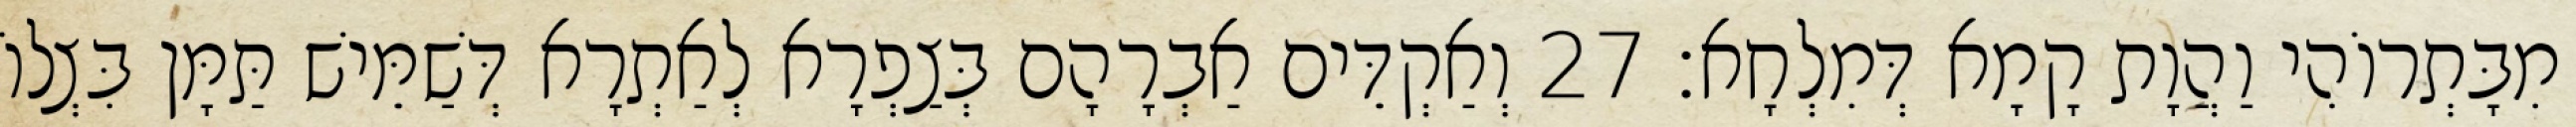
מִבָּתְרוֹהִי וַהֲוָת קָמָא דְּמִלְחָא׃ 27 וְאַקְדֵּים אַבְרָהָם בְּצַפְרָא לְאַתְרָא דְּשַׁמֵּישׁ תַּמָּן בִּצְלוֹ